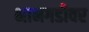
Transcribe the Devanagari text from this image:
भानगडीवर